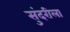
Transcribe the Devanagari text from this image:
सुंदरीला